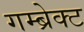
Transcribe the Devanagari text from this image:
गम्ब्रेक्ट